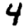
Digit: 4